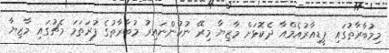
މިމުބާރާތުގައި ޕީޑިއާރުއެމްއާ ދެކޮޅަށް މާޒިޔާ މިރޭ ނުކުންނައިރު މުބާރާތުގެ ފުރަތަމަ މެޗުގައި މާޒިޔާ